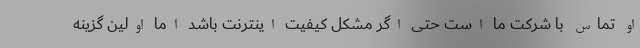
او تماس با شرکت ما است حتی اگر مشکل کیفیت اینترنت باشد اما اولین گزینه